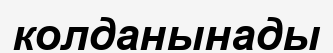
колданынады